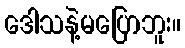
ဒေါသနဲ့မပြောဘူး။